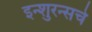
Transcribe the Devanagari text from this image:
इन्‍शुरन्‍सचे